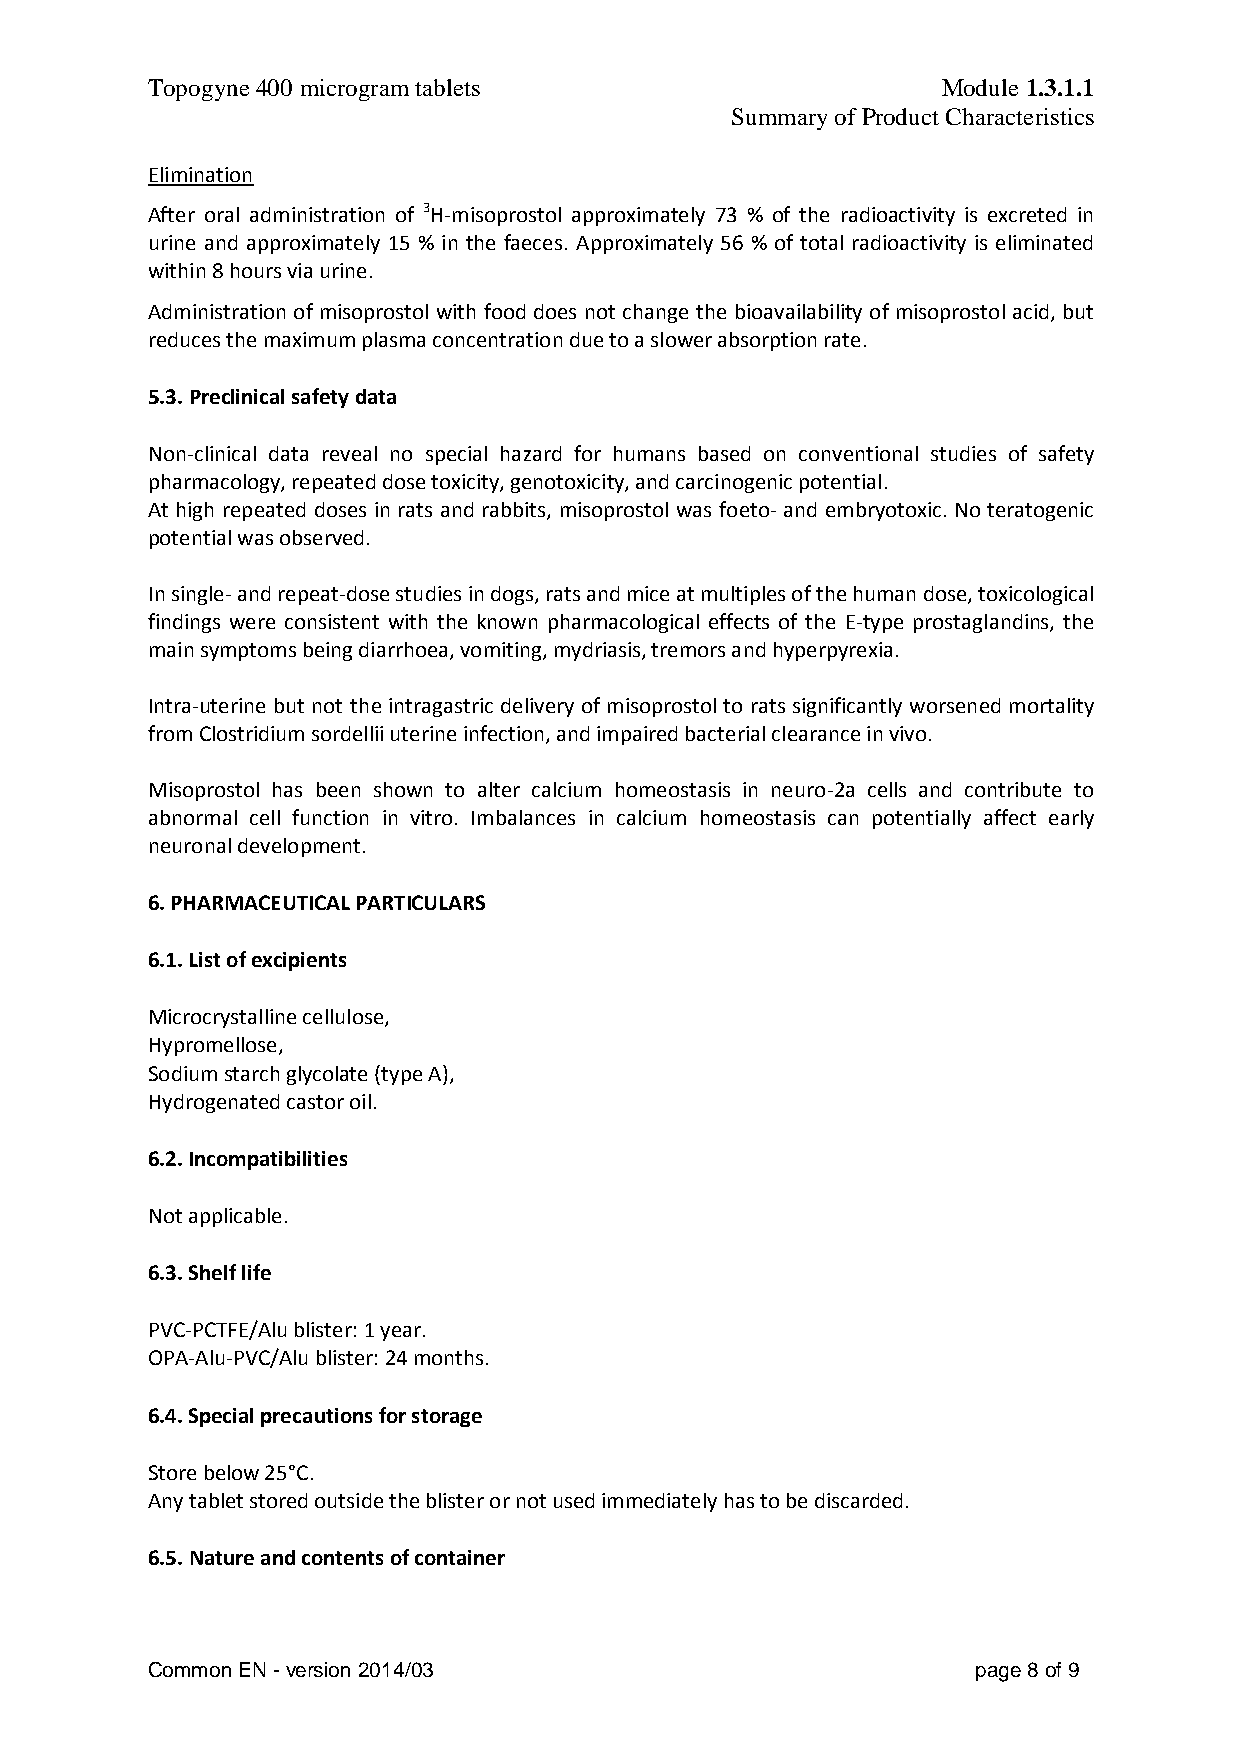
Topogyne 400 microgram tablets                      Module 1.3.1.1
 Summary of Product Characteristics
 Elimination
 After oral administration of 3H-misoprostol approximately 73 % of the radioactivity is excreted in
 urine and approximately 15 % in the faeces. Approximately 56 % of total radioactivity is eliminated
 within 8 hours via urine.
 Administration of misoprostol with food does not change the bioavailability of misoprostol acid, but
 reduces the maximum plasma concentration due to a slower absorption rate.
 5.3. Preclinical safety data
 Non-clinical data reveal no special hazard for humans based on conventional studies of safety
 pharmacology, repeated dose toxicity, genotoxicity, and carcinogenic potential.
 At high repeated doses in rats and rabbits, misoprostol was foeto- and embryotoxic. No teratogenic
 potential was observed.
 In single- and repeat-dose studies in dogs, rats and mice at multiples of the human dose, toxicological
 findings were consistent with the known pharmacological effects of the E-type prostaglandins, the
 main symptoms being diarrhoea, vomiting, mydriasis, tremors and hyperpyrexia.
 Intra-uterine but not the intragastric delivery of misoprostol to rats significantly worsened mortality
 from Clostridium sordellii uterine infection, and impaired bacterial clearance in vivo.
 Misoprostol has been shown to alter calcium homeostasis in neuro-2a cells and contribute to
 abnormal cell function in vitro. Imbalances in calcium homeostasis can potentially affect early
 neuronal development.
 6. PHARMACEUTICAL PARTICULARS
 6.1. List of excipients
 Microcrystalline cellulose,
 Hypromellose,
 Sodium starch glycolate (type A),
 Hydrogenated castor oil.
 6.2. Incompatibilities
 Not applicable.
 6.3. Shelf life
 PVC-PCTFE/Alu blister: 1 year.
 OPA-Alu-PVC/Alu blister: 24 months.
 6.4. Special precautions for storage
 Store below 25°C.
 Any tablet stored outside the blister or not used immediately has to be discarded.
 6.5. Nature and contents of container
 Common EN - version 2014/03                            page 8 of 9